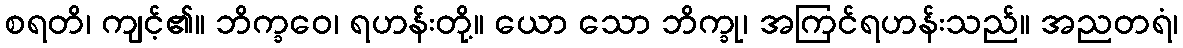
စရတိ၊ ကျင့်၏။ ဘိက္ခဝေ၊ ရဟန်းတို့။ ယော သော ဘိက္ခု၊ အကြင်ရဟန်းသည်။ အညတရံ၊